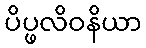
ပိပ္ဖလိဝနိယာ